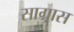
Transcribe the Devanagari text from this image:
साग्रास